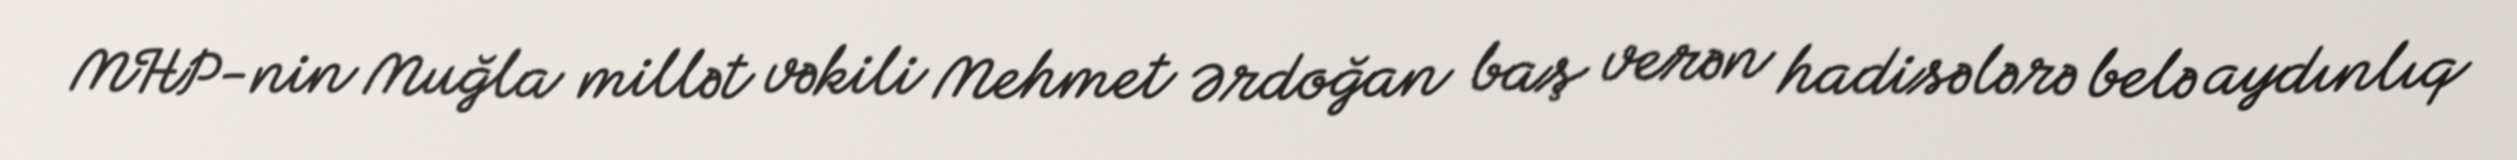
MHP-nin Muğla millət vəkili Mehmet Ərdoğan baş verən hadisələrə belə aydınlıq